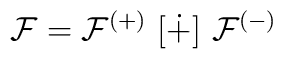
{\cal F} = {\cal F}^{(+)}\ [\dot+]\ {\cal F}^{(-)}